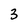
Character: 3